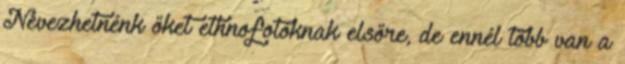
Nevezhetnénk őket ethnofotóknak elsőre, de ennél több van a